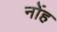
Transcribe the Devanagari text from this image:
नोंह